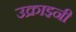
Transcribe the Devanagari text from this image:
उक्राइनी